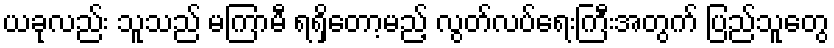
ယခုလည်း သူသည် မကြာမီ ရရှိတော့မည့် လွတ်လပ်ရေးကြီးအတွက် ပြည်သူတွေ